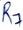
Text: R7